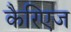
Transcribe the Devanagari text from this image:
कैरिएज